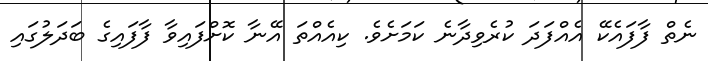
ނެތް ފާފައެކޭ އެއްފަދަ ކުރެވިދާނެ ކަމަށެވެ. ކިއެއްތަ އޭނާ ކޮށްފައިވާ ފާފައިގެ ބަދަލުގައި